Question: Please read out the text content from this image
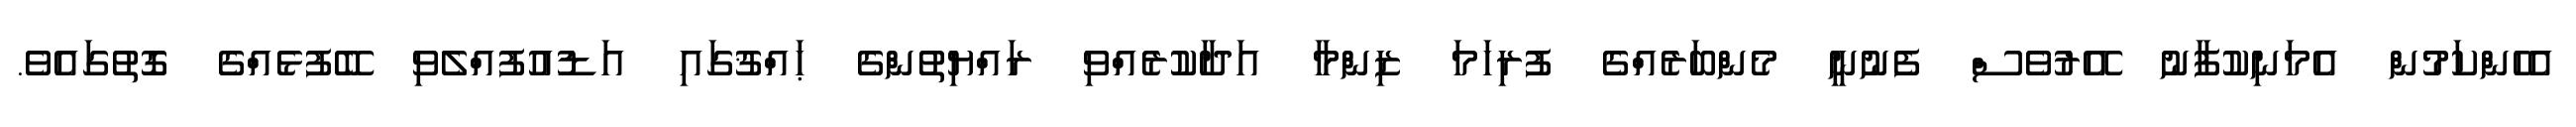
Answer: އެހެންކަމުން އެމަނިކުފާނު އޭރުވެސް ފެނުނީ މެންބަރެއްގެ ފުރިހަމަ ޒިންމާ އަދާކުރެއްވި ރައްޔިތުންގެ ޙައްޤުގައި އަޑުއުފުއްލެވި ބޭފުޅެއްގެ ގޮތުގައެވެ.